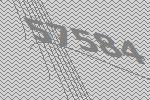
57584